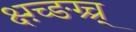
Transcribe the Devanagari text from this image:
क्ष्ग़्च्ङग्र्च्र्